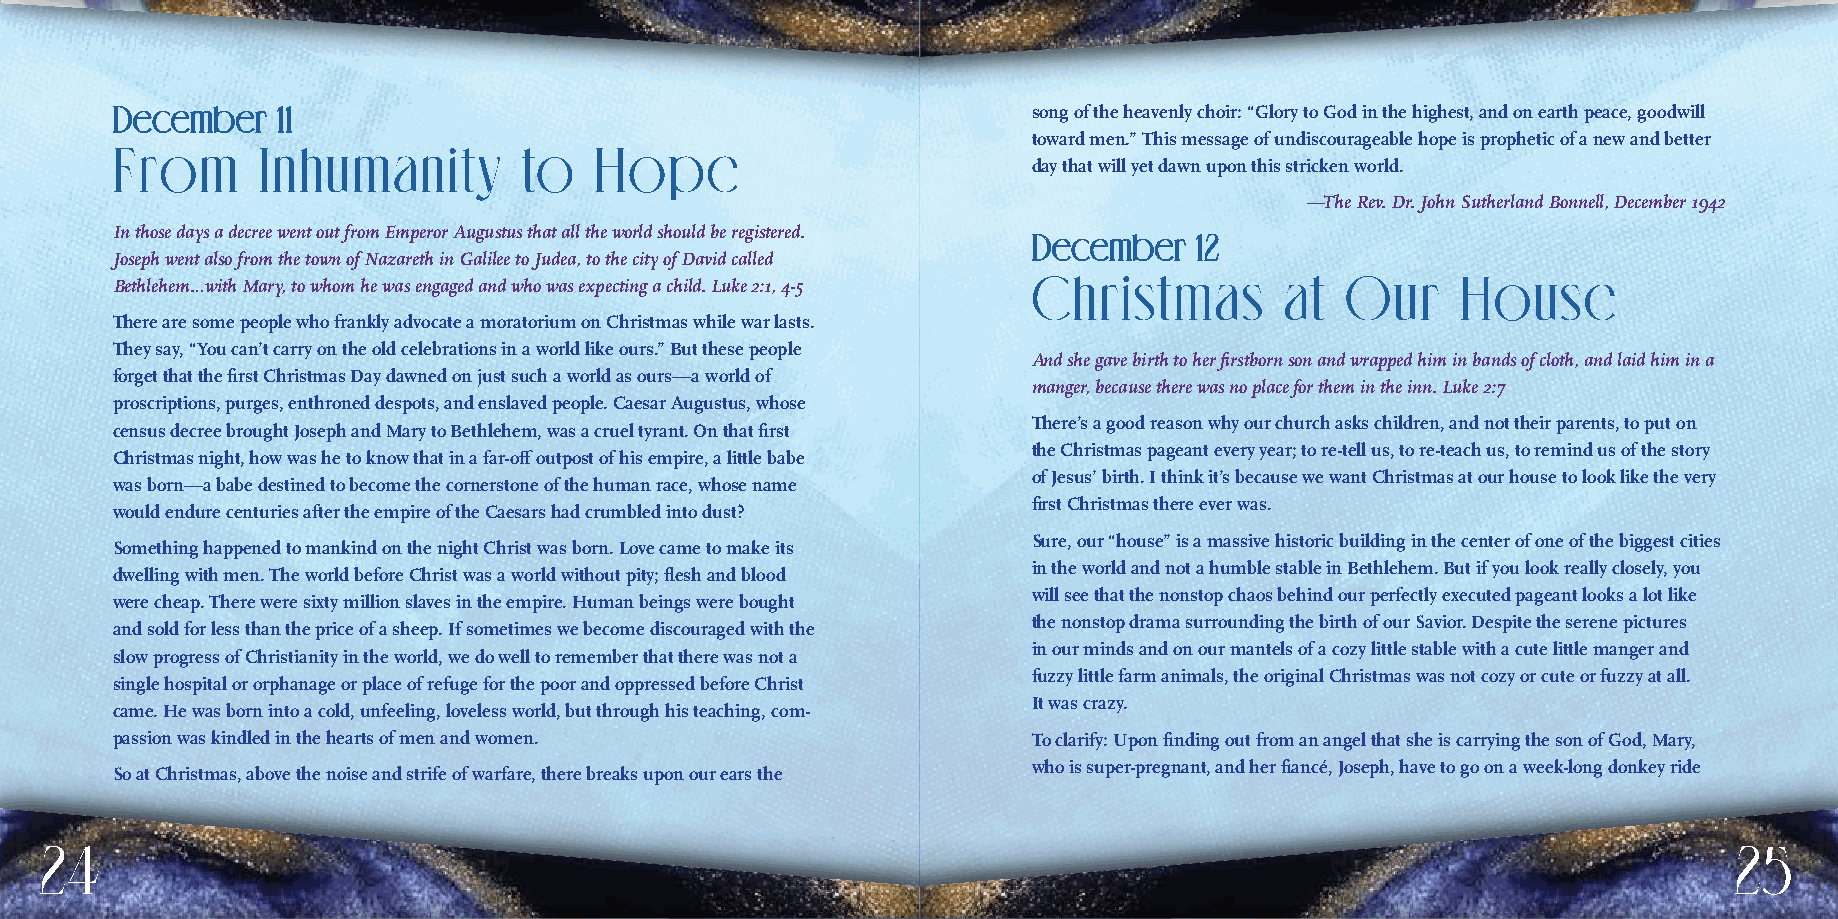
DDeecceemmbbeerr 1111                                        song of the heavenly choir: “Glory to God in the highest, and on earth peace, goodwill
 toward men.” This message of undiscourageable hope is prophetic of a new and better
 From      Inhumanity       to   Hope
 day that will yet dawn upon this stricken world.
 —The Rev. Dr. John Sutherland Bonnell, December 1942
 In those days a decree went out from Emperor Augustus that all the world should be registered. DDeecceemmbbeerr 1122
 Joseph went also from the town of Nazareth in Galilee to Judea, to the city of David called
 Christmas        at  Our     House
 Bethlehem…with Mary, to whom he was engaged and who was expecting a child. Luke 2:1, 4-5
 There are some people who frankly advocate a moratorium on Christmas while war lasts.
 They say, “You can’t carry on the old celebrations in a world like ours.” But these people
 And she gave birth to her firstborn son and wrapped him in bands of cloth, and laid him in a
 forget that the first Christmas Day dawned on just such a world as ours—a world of
 manger, because there was no place for them in the inn. Luke 2:7
 proscriptions, purges, enthroned despots, and enslaved people. Caesar Augustus, whose
 There’s a good reason why our church asks children, and not their parents, to put on
 census decree brought Joseph and Mary to Bethlehem, was a cruel tyrant. On that first
 the Christmas pageant every year; to re-tell us, to re-teach us, to remind us of the story
 Christmas night, how was he to know that in a far-off outpost of his empire, a little babe
 of Jesus’ birth. I think it’s because we want Christmas at our house to look like the very
 was born—a babe destined to become the cornerstone of the human race, whose name
 first Christmas there ever was.
 would endure centuries after the empire of the Caesars had crumbled into dust?
 Sure, our “house” is a massive historic building in the center of one of the biggest cities
 Something happened to mankind on the night Christ was born. Love came to make its
 in the world and not a humble stable in Bethlehem. But if you look really closely, you
 dwelling with men. The world before Christ was a world without pity; flesh and blood
 will see that the nonstop chaos behind our perfectly executed pageant looks a lot like
 were cheap. There were sixty million slaves in the empire. Human beings were bought
 the nonstop drama surrounding the birth of our Savior. Despite the serene pictures
 and sold for less than the price of a sheep. If sometimes we become discouraged with the
 in our minds and on our mantels of a cozy little stable with a cute little manger and
 slow progress of Christianity in the world, we do well to remember that there was not a
 fuzzy little farm animals, the original Christmas was not cozy or cute or fuzzy at all.
 single hospital or orphanage or place of refuge for the poor and oppressed before Christ
 It was crazy.
 came. He was born into a cold, unfeeling, loveless world, but through his teaching, com-
 passion was kindled in the hearts of men and women.          To clarify: Upon finding out from an angel that she is carrying the son of God, Mary,
 who is super-pregnant, and her fiancé, Joseph, have to go on a week-long donkey ride
 So at Christmas, above the noise and strife of warfare, there breaks upon our ears the
 24                                                                                                              25